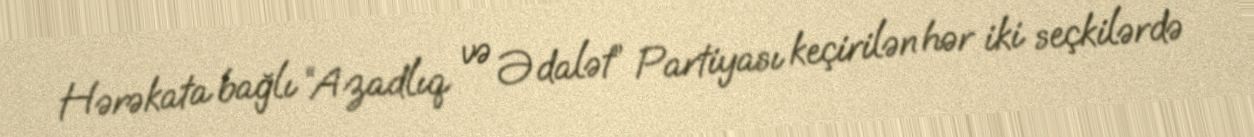
Hərəkata bağlı “Azadlıq və Ədalət” Partiyası keçirilən hər iki seçkilərdə